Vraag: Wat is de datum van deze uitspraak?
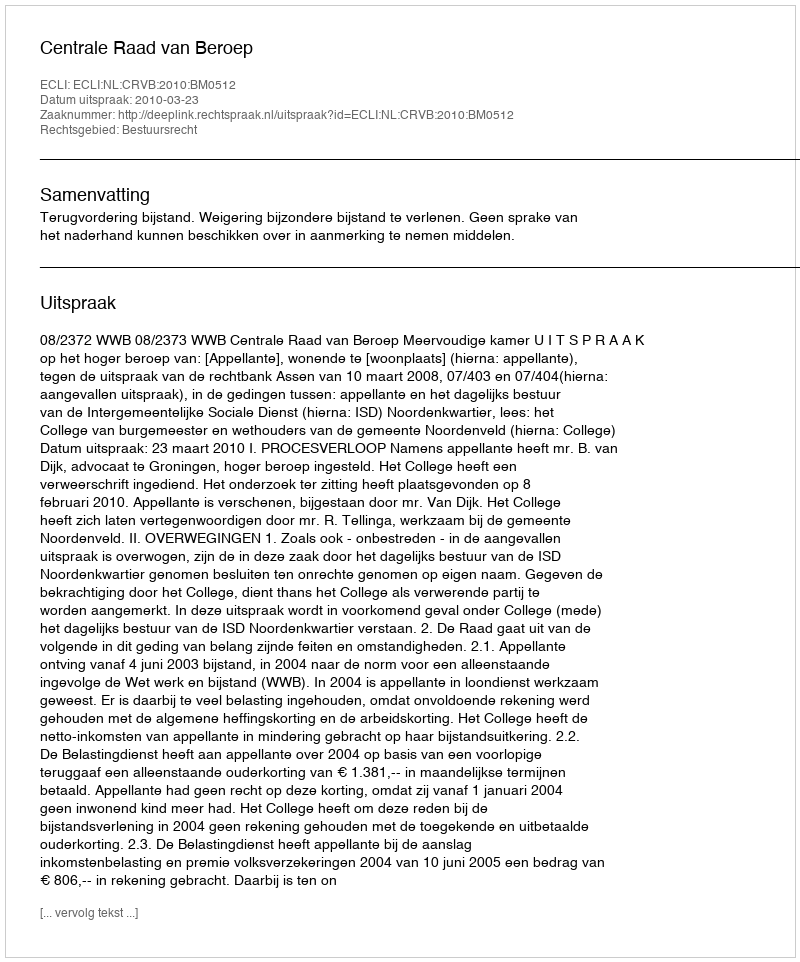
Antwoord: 2010-03-23